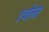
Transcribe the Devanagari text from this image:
एर्वला